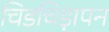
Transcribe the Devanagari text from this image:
चिडचिड़ापन